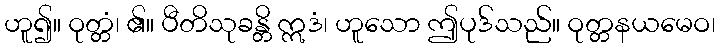
ဟူ၍။ ဝုတ္တံ၊ ၏။ ပီတိသုခန္တိ ဣဒံ၊ ဟူသော ဤပုဒ်သည်။ ဝုတ္တနယမေဝ၊